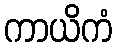
ကာယိကံ